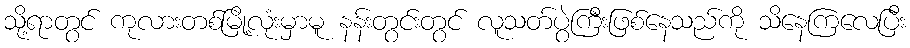
သို့ရာတွင် ကုလားတစ်မြို့လုံးမှာမူ နန်းတွင်းတွင် လူသတ်ပွဲကြီးဖြစ်နေသည်ကို သိနေကြလေပြီး